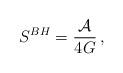
LaTeX: \begin{align*}S^{BH}={{\cal A}\over 4G } \, ,\end{align*}